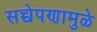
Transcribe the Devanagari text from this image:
सच्चेपणामुळे